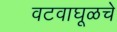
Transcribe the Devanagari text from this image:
वटवाघूळचे